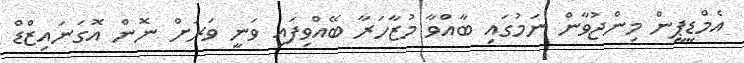
އެމްޑީޕީން މިންޖުވާން ނަމުގައި ބާއްވާ މުޒާހަރާ ބޭއްވިފައި ވަނީ ވަރަށް ނޮން އޮގަނައިޒްޑް